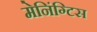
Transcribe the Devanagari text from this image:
मेनिंग्टिस